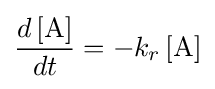
{\frac {d\left[{\ce {A}}\right]}{dt}}=-k_{r}\left[{\ce {A}}\right]